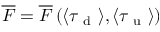
\overline { { F } } = \overline { { F } } \left( \langle \tau _ { \mathrm { ~ d ~ } } \rangle , \langle \tau _ { \mathrm { ~ u ~ } } \rangle \right)